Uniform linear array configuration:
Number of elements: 8
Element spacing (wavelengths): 0.25
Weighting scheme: hamming
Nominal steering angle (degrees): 15
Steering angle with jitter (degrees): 15.589
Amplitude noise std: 0.05
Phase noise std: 0.05

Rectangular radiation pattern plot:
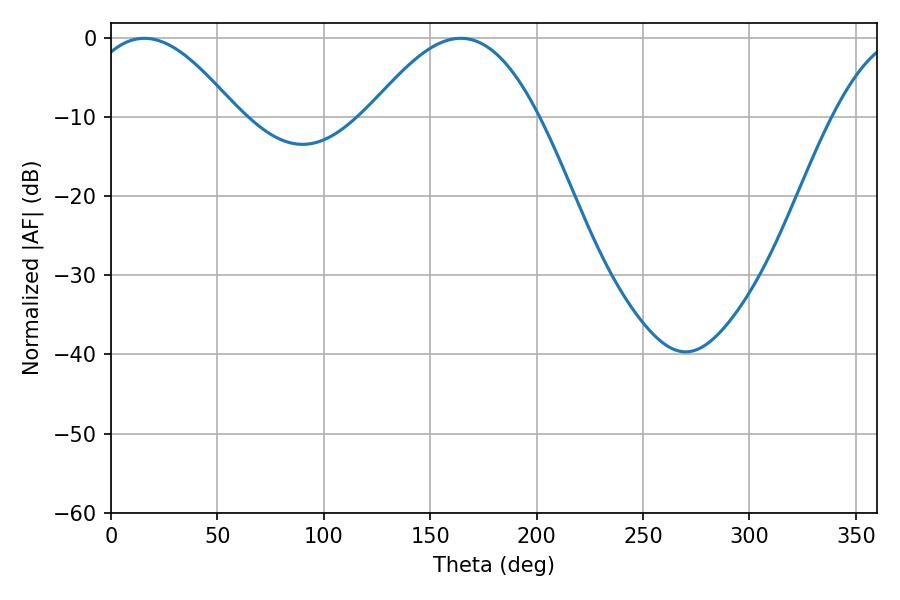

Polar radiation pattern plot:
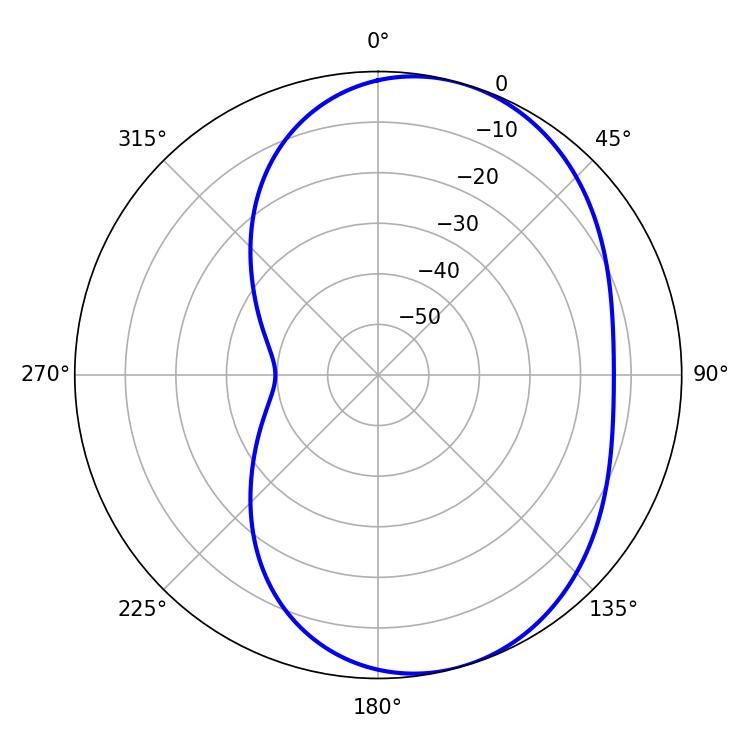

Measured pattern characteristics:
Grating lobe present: FALSE
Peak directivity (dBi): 5.822
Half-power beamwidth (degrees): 38.52
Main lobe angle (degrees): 15.66